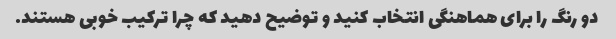
دو رنگ را برای هماهنگی انتخاب کنید و توضیح دهید که چرا ترکیب خوبی هستند.